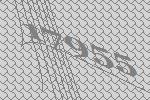
17955